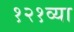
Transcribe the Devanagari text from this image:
१२१व्या